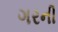
ગરની